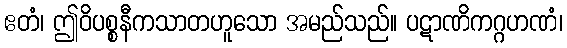
ဧတံ၊ ဤဝိပစ္စနီကသာတဟူသော အမည်သည်။ ပဋာဏိကဂ္ဂဟဏံ၊